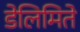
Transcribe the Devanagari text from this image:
डेलिमिते